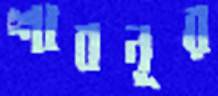
শাবনূর